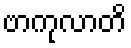
ဗာကုလာတိ